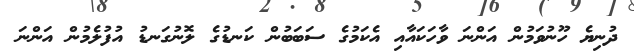
ދުނިޔެ ހޫނުވަމުން އަންނަ ވާހަކައާއި އެކަމުގެ ސަބަބުން ކަނޑުގެ ލޮނުގަނޑު އުފުލެމުން އަންނަ